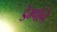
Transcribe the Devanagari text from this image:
डेम्पोने